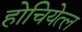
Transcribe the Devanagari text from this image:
होचियेत्ल